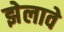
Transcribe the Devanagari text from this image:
झेलावे